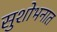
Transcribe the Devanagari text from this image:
सुशोभनात